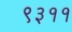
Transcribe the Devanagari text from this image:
९३११